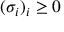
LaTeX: ( \sigma _ { i } ) _ { i } \geq 0